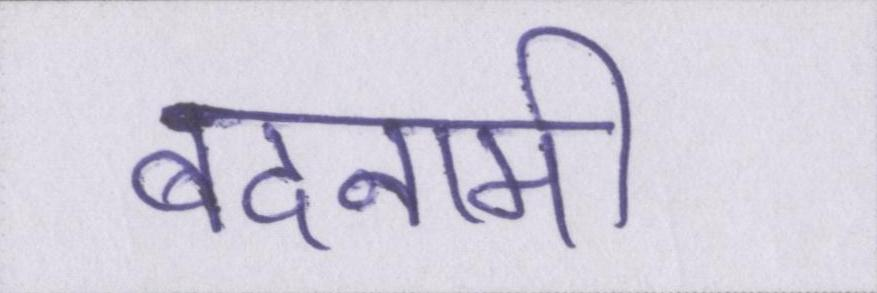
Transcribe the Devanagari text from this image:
बदनामी